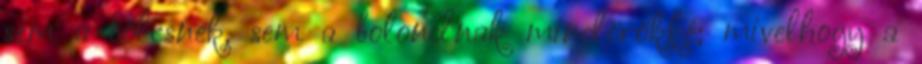
sem a bölcsnek, sem a bolondnak mindörökké; mivelhogy a